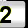
Digit: 2